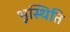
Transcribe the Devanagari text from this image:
भूस्थिति